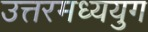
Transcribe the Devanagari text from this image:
उत्तरमध्ययुग